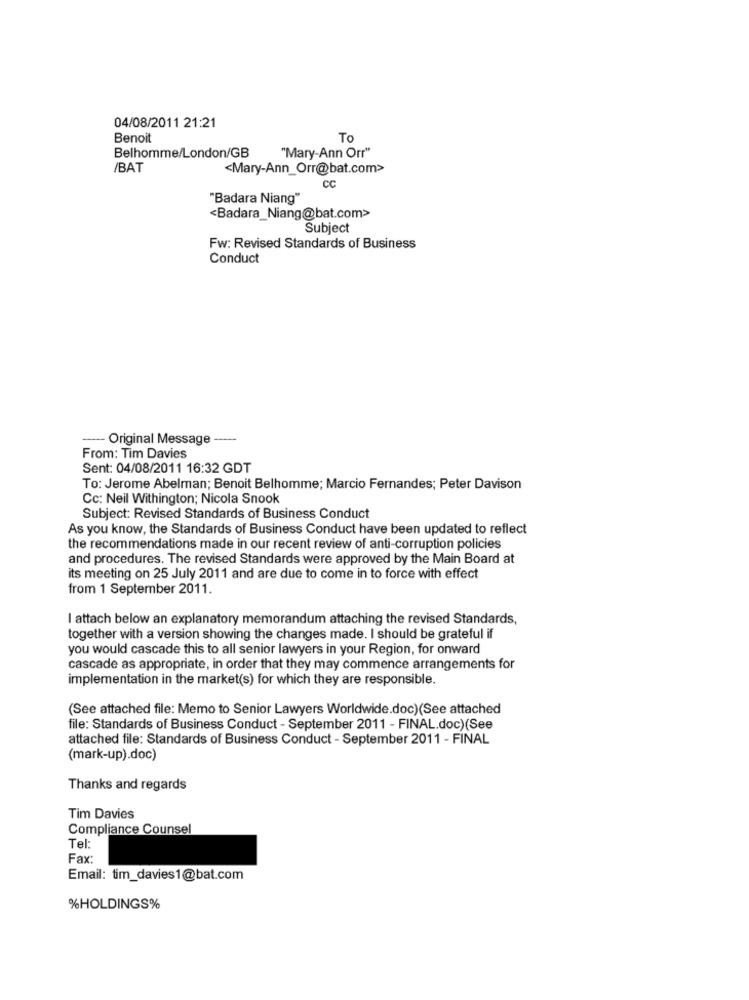
04/08/2011 21:21
Benoit
To
Belhomme/London/GB
"Mary-Ann Orr"
/BAT
<Mary-Ann_Orr@bat.com>
CC
"Badara Niang"
<Badara_Niang@bat.com>
Subject
Fw: Revised Standards of Business
Conduct
--- Original Message ----
From: Tim Davies
Sent: 04/08/2011 16:32 GDT
To: Jerome Abelman; Benoit Belhomme; Marcio Fernandes; Peter Davison
Cc: Neil Withington; Nicola Snook
Subject: Revised Standards of Business Conduct
As you know, the Standards of Business Conduct have been updated to reflect
the recommendations made in our recent review of anti-corruption policies
and procedures. The revised Standards were approved by the Main Board at
its meeting on 25 July 2011 and are due to come in to force with effect
from 1 September 2011.
I attach below an explanatory memorandum attaching the revised Standards,
together with a version showing the changes made. I should be grateful if
you would cascade this to all senior lawyers in your Region, for onward
cascade as appropriate, in order that they may commence arrangements for
implementation in the market(s) for which they are responsible.
(See attached file: Memo to Senior Lawyers Worldwide.doc)(See attached
file: Standards of Business Conduct - September 2011 - FINAL.doc)(See
attached file: Standards of Business Conduct - September 2011 - FINAL
(mark-up).doc)
Thanks and regards
Tim Davies
Compliance Counsel
Tel:
Fax:
Email: tim_davies1@bat.com
%HOLDINGS%